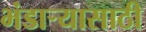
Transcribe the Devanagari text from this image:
भंडार्‍यासाठी